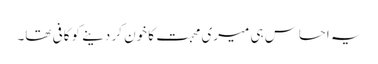
یہ احساس ہی میری محبت کا خون کر دینے کو کافی تھا۔